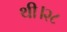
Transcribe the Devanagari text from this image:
थी।२८